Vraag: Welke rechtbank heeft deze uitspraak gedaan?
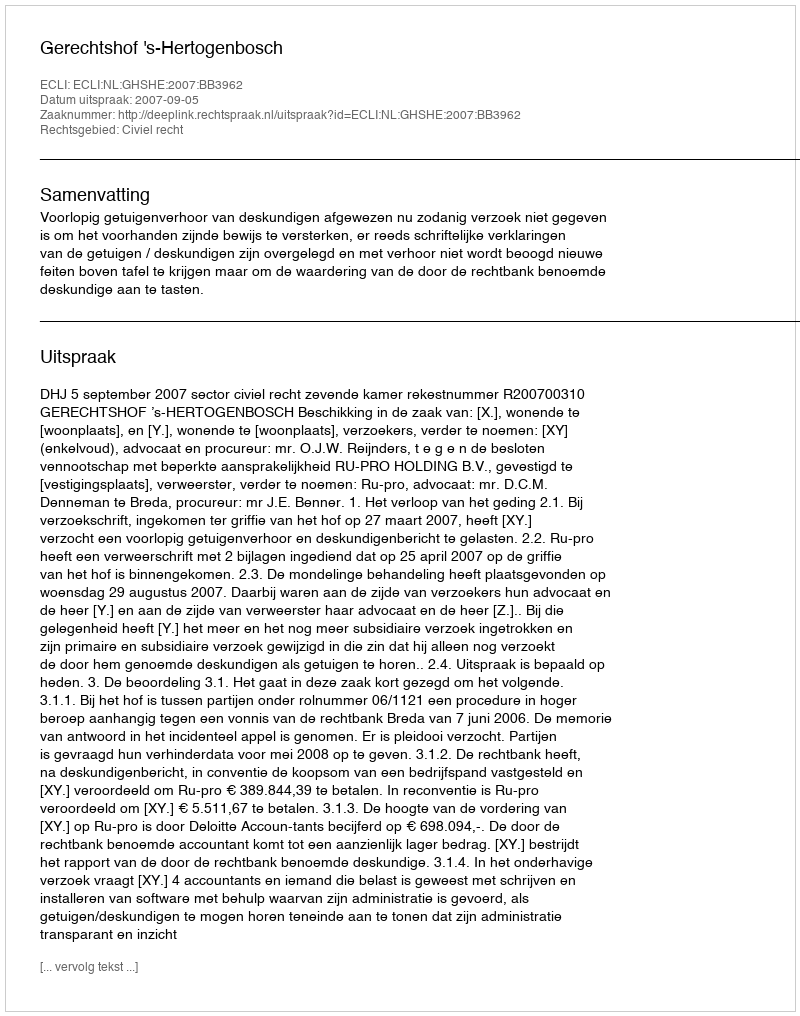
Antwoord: Gerechtshof 's-Hertogenbosch